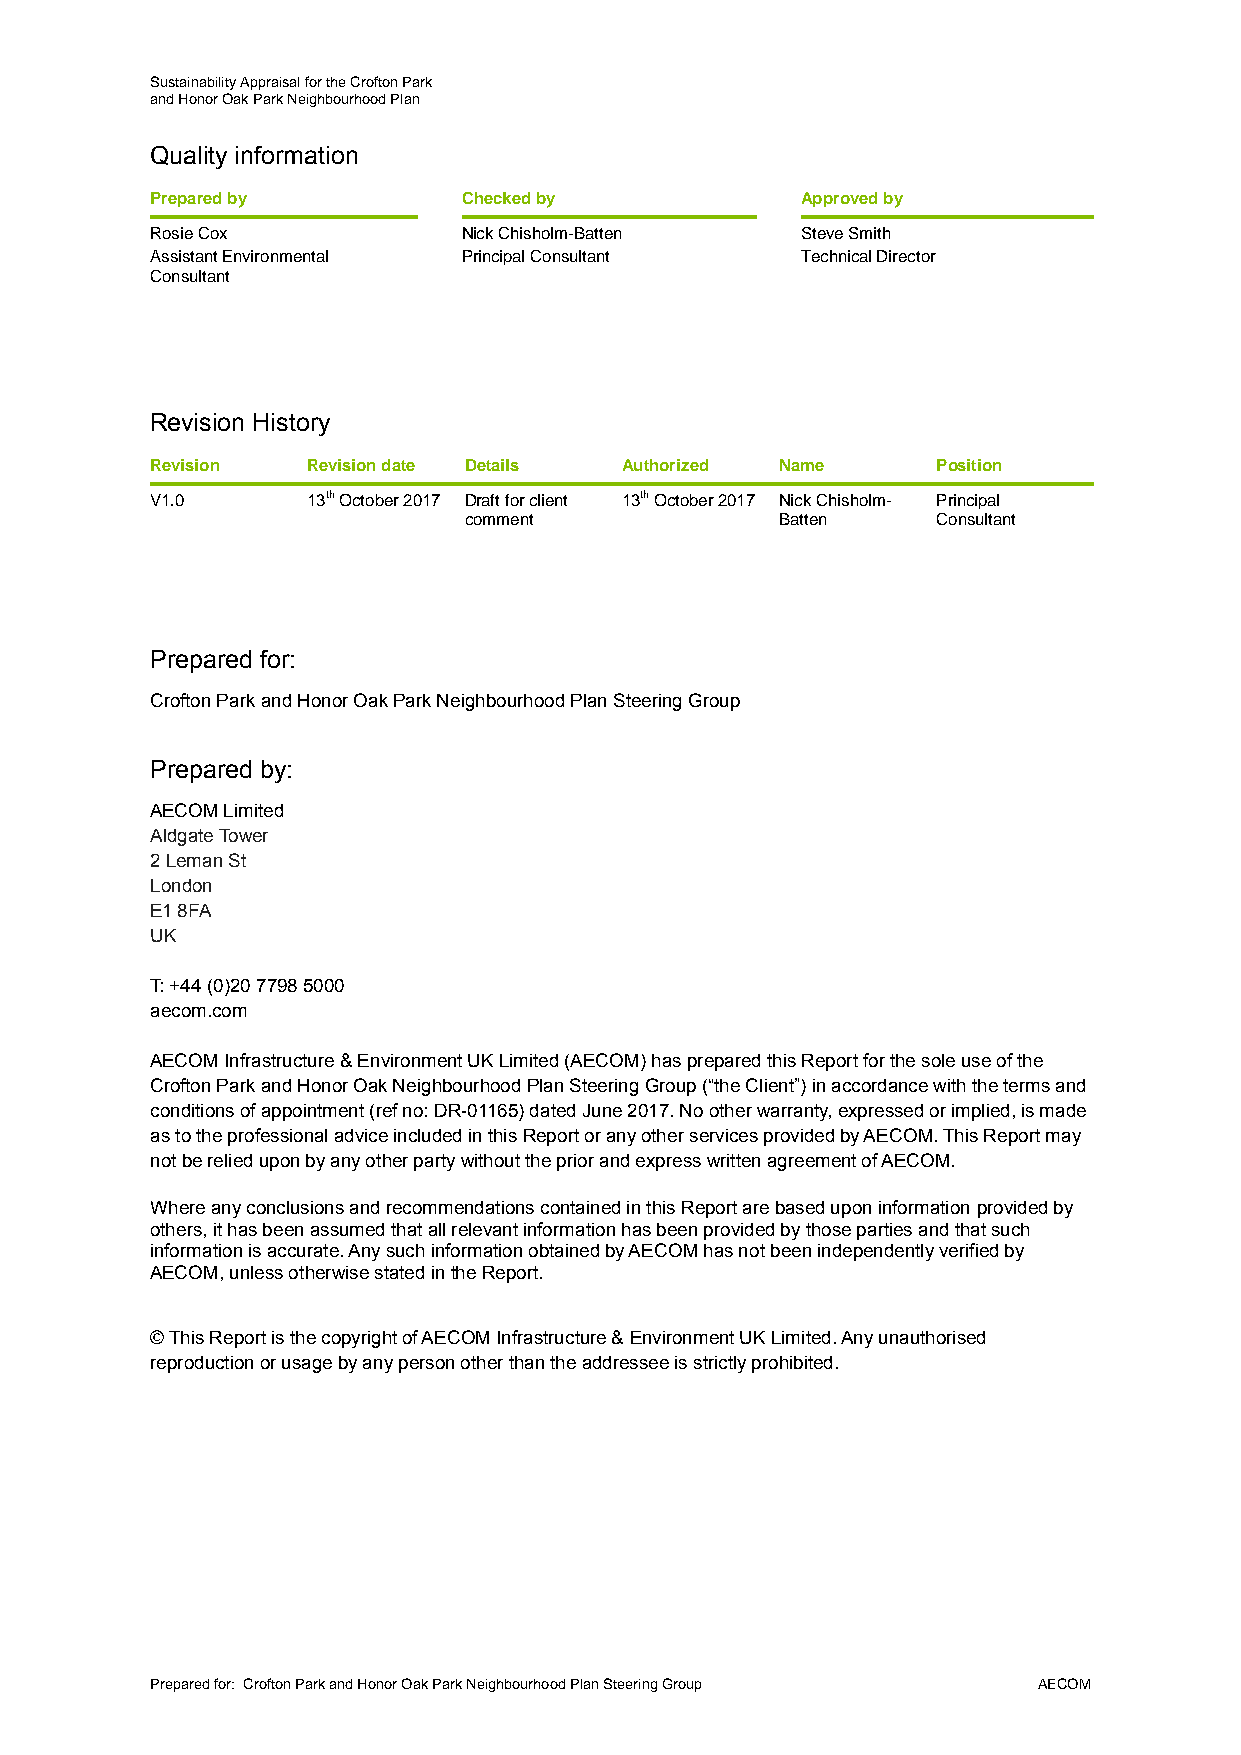
Sustainability Appraisal for the Crofton Park
 and Honor Oak Park Neighbourhood Plan
 Quality information
 Prepared by          Checked by            Approved by
 Rosie Cox            Nick Chisholm-Batten  Steve Smith
 Assistant Environmental Principal Consultant Technical Director
 Consultant
 Revision History
 Revision  Revision date Details Authorized Name     Position
 V1.0      13th October 2017 Draft for client 13th October 2017 Nick Chisholm- Principal
 comment              Batten    Consultant
 Prepared for:
 Crofton Park and Honor Oak Park Neighbourhood Plan Steering Group
 Prepared by:
 AECOM Limited
 Aldgate Tower
 2 Leman St
 London
 E1 8FA
 UK
 T: +44 (0)20 7798 5000
 aecom.com
 AECOM Infrastructure & Environment UK Limited (AECOM) has prepared this Report for the sole use of the
 Crofton Park and Honor Oak Neighbourhood Plan Steering Group (“the Client”) in accordance with the terms and
 conditions of appointment (ref no: DR-01165) dated June 2017. No other warranty, expressed or implied, is made
 as to the professional advice included in this Report or any other services provided by AECOM. This Report may
 not be relied upon by any other party without the prior and express written agreement of AECOM.
 Where any conclusions and recommendations contained in this Report are based upon information provided by
 others, it has been assumed that all relevant information has been provided by those parties and that such
 information is accurate. Any such information obtained by AECOM has not been independently verified by
 AECOM, unless otherwise stated in the Report.
 © This Report is the copyright of AECOM Infrastructure & Environment UK Limited. Any unauthorised
 reproduction or usage by any person other than the addressee is strictly prohibited.
 Prepared for: Crofton Park and Honor Oak Park Neighbourhood Plan Steering Group AECOM